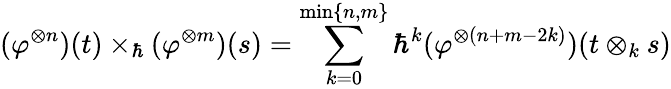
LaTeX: (\varphi^{\otimes n})(t)\times_{\hbar}(\varphi^{\otimes m})(s)=\sum_{k=0}^{\mathrm{min}\{ n,m\} }\hbar^{k}(\varphi^{\otimes(n+m-2k)})(t\otimes_{k}s)